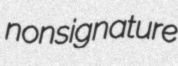
nonsignature